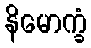
နိမောက္ခံ